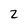
Character: 2